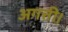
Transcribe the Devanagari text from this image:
अगत्ती।